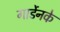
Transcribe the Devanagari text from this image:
गार्डेनके